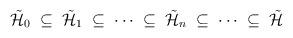
LaTeX: \begin{align*}\tilde{{\cal H}}_0\; \subseteq\; \tilde{{\cal H}}_1\;\subseteq\; \cdots\; \subseteq\;\tilde{{\cal H}}_n\;\subseteq\;\cdots\;\subseteq\;\tilde{{\cal H}}\end{align*}